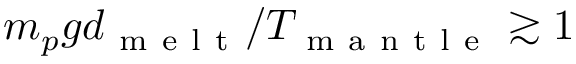
m _ { p } g d _ { \mathrm { ~ m ~ e ~ l ~ t ~ } } / T _ { \mathrm { ~ m ~ a ~ n ~ t ~ l ~ e ~ } } \gtrsim 1